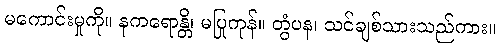
မကောင်းမှုကို။ နကရောန္တိ၊ မပြုကုန်။ တွံပန၊ သင်ချစ်သားသည်ကား။